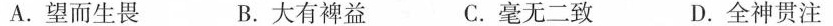
A.望而生畏 B.大有神益 C.毫无二致 D.全神贯注